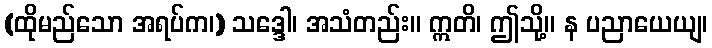
(ထိုမည်သော အရပ်က၊) သဒ္ဒေါ၊ အသံတည်း။ ဣတိ၊ ဤသို့။ န ပညာယေယျ၊